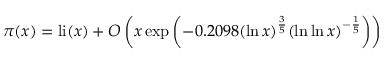
\pi ( x ) = \operatorname { l i } ( x ) + O \left( x \exp \left( - 0 . 2 0 9 8 ( \ln x ) ^ { \frac { 3 } { 5 } } ( \ln \ln x ) ^ { - { \frac { 1 } { 5 } } } \right) \right)